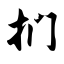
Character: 扪